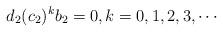
LaTeX: \begin{align*}d_2(c_2)^kb_2=0,k=0,1,2,3,\cdots\end{align*}